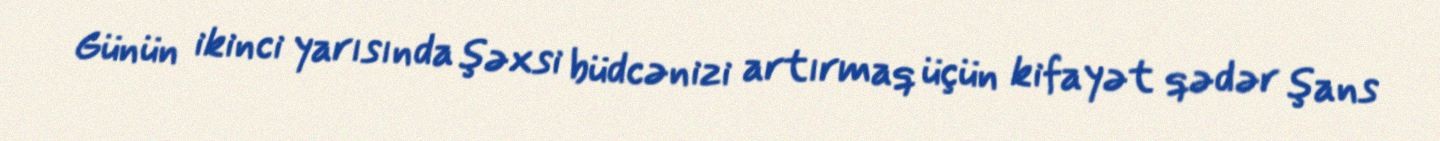
Günün ikinci yarısında şəxsi büdcənizi artırmaq üçün kifayət qədər şans